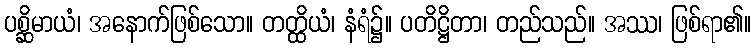
ပစ္ဆိမာယံ၊ အနောက်ဖြစ်သော။ တတ္ထိယံ၊ နံရံ၌။ ပတိဋ္ဌိတာ၊ တည်သည်။ အဿ၊ ဖြစ်ရာ၏။